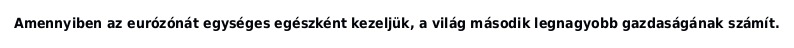
Amennyiben az eurózónát egységes egészként kezeljük, a világ második legnagyobb gazdaságának számít.